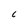
Character: C